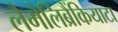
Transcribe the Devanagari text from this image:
लैमेलिब्रैंकियाटा